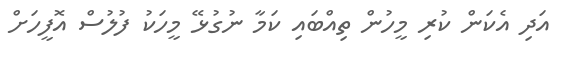
އަދި އެކަން ކުރި މީހުން ތިއްބައި ކަމާ ނުގުޅޭ މީހަކު ފުލުސް އޮފީހަށް